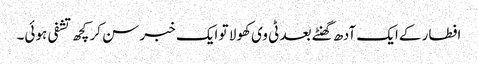
افطار کےایک آدھ گھنٹے بعد ٹی وی کھولا تو ایک خبر سن کر کچھ تشفی ہوئی۔